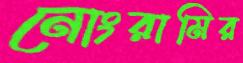
নোংরামির